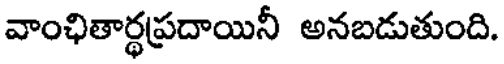
వాంఛితార్థప్రదాయినీ అనబడుతుంది.